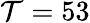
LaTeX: \mathcal{T}=53